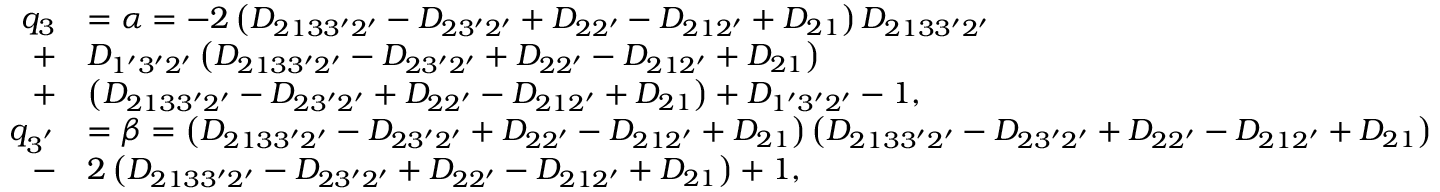
\begin{array} { r l } { q _ { 3 } } & { = \alpha = - 2 \left( { { D _ { 2 1 3 3 ^ { \prime } 2 ^ { \prime } } } - { D _ { 2 3 ^ { \prime } 2 ^ { \prime } } } + { D _ { 2 2 ^ { \prime } } } - { D _ { 2 1 2 ^ { \prime } } } + { D _ { 2 1 } } } \right) { D _ { 2 1 3 3 ^ { \prime } 2 ^ { \prime } } } } \\ { + } & { { D _ { 1 ^ { \prime } 3 ^ { \prime } 2 ^ { \prime } } } \left( { { D _ { 2 1 3 3 ^ { \prime } 2 ^ { \prime } } } - { D _ { 2 3 ^ { \prime } 2 ^ { \prime } } } + { D _ { 2 2 ^ { \prime } } } - { D _ { 2 1 2 ^ { \prime } } } + { D _ { 2 1 } } } \right) } \\ { + } & { \left( { { D _ { 2 1 3 3 ^ { \prime } 2 ^ { \prime } } } - { D _ { 2 3 ^ { \prime } 2 ^ { \prime } } } + { D _ { 2 2 ^ { \prime } } } - { D _ { 2 1 2 ^ { \prime } } } + { D _ { 2 1 } } } \right) + { D _ { 1 ^ { \prime } 3 ^ { \prime } 2 ^ { \prime } } } - 1 , } \\ { q _ { 3 ^ { ' } } } & { = \beta = \left( { { D _ { 2 1 3 3 ^ { \prime } 2 ^ { \prime } } } - { D _ { 2 3 ^ { \prime } 2 ^ { \prime } } } + { D _ { 2 2 ^ { \prime } } } - { D _ { 2 1 2 ^ { \prime } } } + { D _ { 2 1 } } } \right) \left( { { D _ { 2 1 3 3 ^ { \prime } 2 ^ { \prime } } } - { D _ { 2 3 ^ { \prime } 2 ^ { \prime } } } + { D _ { 2 2 ^ { \prime } } } - { D _ { 2 1 2 ^ { \prime } } } + { D _ { 2 1 } } } \right) } \\ { - } & { 2 \left( { { D _ { 2 1 3 3 ^ { \prime } 2 ^ { \prime } } } - { D _ { 2 3 ^ { \prime } 2 ^ { \prime } } } + { D _ { 2 2 ^ { \prime } } } - { D _ { 2 1 2 ^ { \prime } } } + { D _ { 2 1 } } } \right) + 1 , } \end{array}